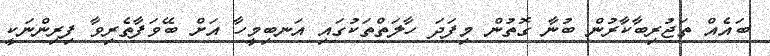
ބައެއް ތަޖުރިބާކާރުން ބުނާ ގޮތުން މިފަދަ ހާލަތްތަކުގައި އަނބިމީހާ އަށް ބޭވަފާތެރިވާ ފިރިންނަކީ